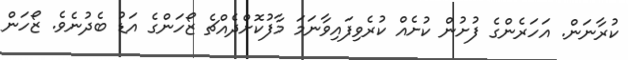
ކުރާނަން. އަހަރެންގެ ފުށުން ކުށެއް ކުރެވިފައިވާނަމަ މާފުކޮށްދެއްޗެ ޒޯހަންގެ އަޑު ބެދުނެވެ. ޒޯހަން